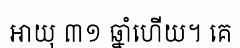
អាយុ ៣១ ឆ្នាំហើយ។ គេ